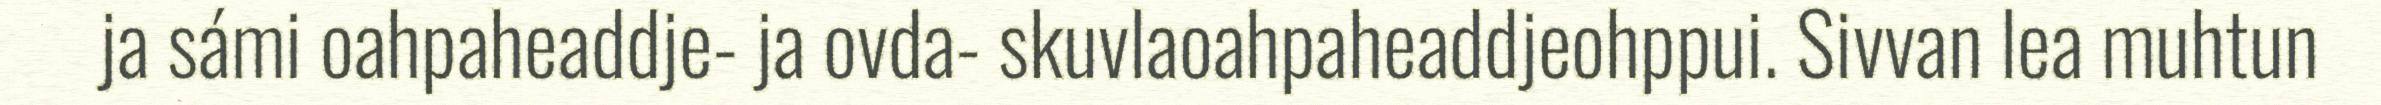
ja sámi oahpaheaddje- ja ovda- skuvlaoahpaheaddjeohppui. Sivvan lea muhtun